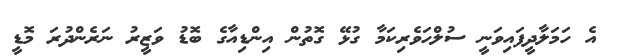
އެ ހަމަލާދީފައިވަނީ ސުލްހަވެރިކަމާ ގުޅޭ ގޮތުން އިންޑިއާގެ ބޮޑު ވަޒީރު ނަރެންދުރަ މޮޑީ